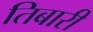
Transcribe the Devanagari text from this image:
तिबारी